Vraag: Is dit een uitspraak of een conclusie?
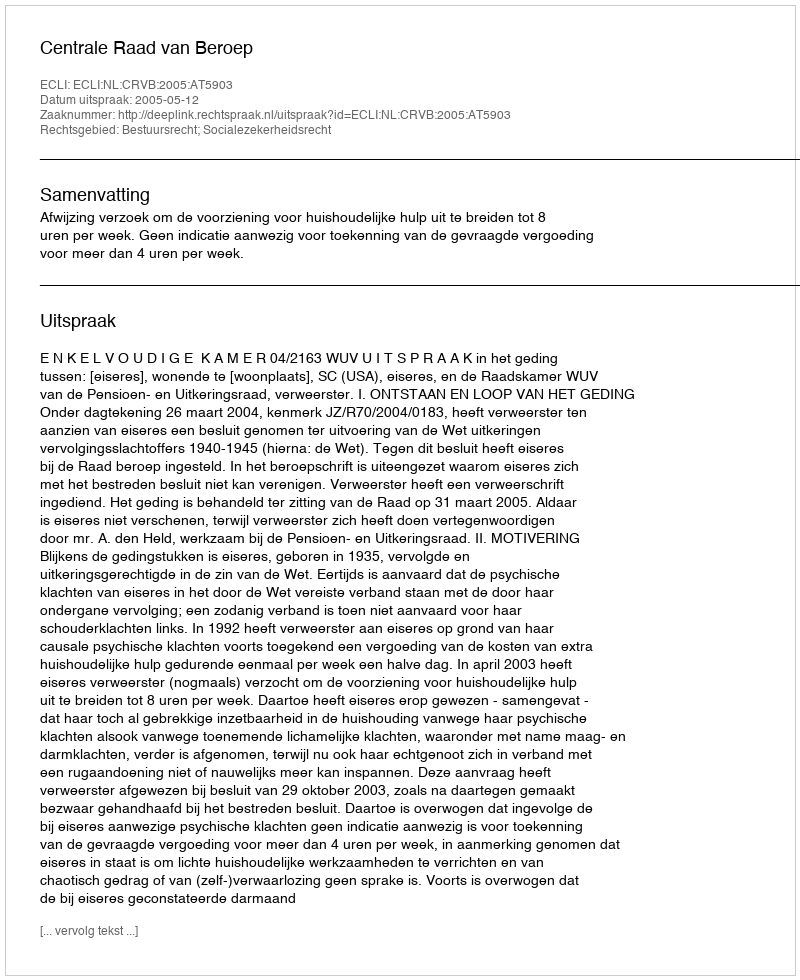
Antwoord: Uitspraak